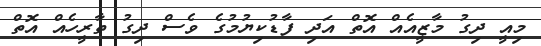
މިއީ ދިގު މާޒީއެއް އޮތް އަދި ފާޑުކިޔުމުގެ ވެސް ދިގު ތާރީހެއް އޮތް